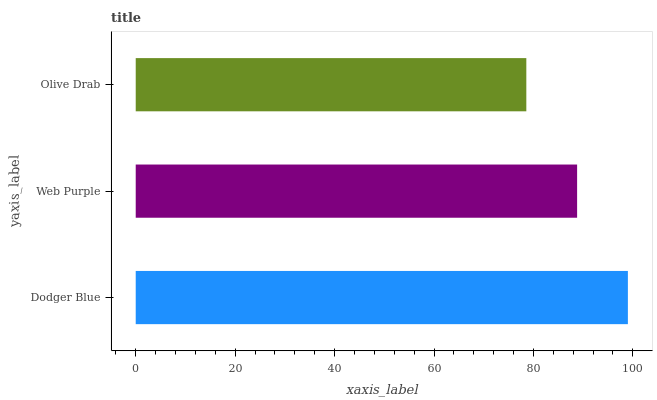
| yaxis_label | bars |
 | --- | --- |
 | Dodger Blue | 99 |
 | Web Purple | 88.8 |
 | Olive Drab | 78.6 |